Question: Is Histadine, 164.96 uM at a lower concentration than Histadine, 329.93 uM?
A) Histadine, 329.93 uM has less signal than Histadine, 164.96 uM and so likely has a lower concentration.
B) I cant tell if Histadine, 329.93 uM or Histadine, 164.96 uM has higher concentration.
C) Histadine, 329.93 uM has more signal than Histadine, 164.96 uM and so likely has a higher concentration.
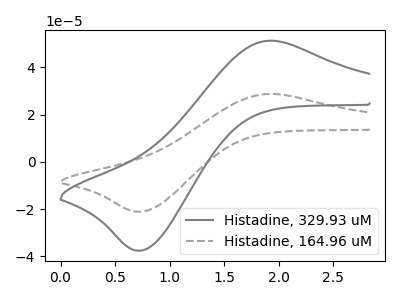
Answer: <think>The gray curve "Histadine, 329.93 uM" has an anodic peak at (1.90V, 51.25uA) and a cathodic peak at (0.75V, -37.50uA). The gray dashed curve "Histadine, 164.96 uM" has an anodic peak at (1.90V, 28.75uA) and a cathodic peak at (0.75V, -21.00uA).
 All the peaks in "Histadine, 329.93 uM" have a peak in "Histadine, 164.96 uM" at the same potential. Every peak in "Histadine, 329.93 uM" is higher than every peak in "Histadine, 164.96 uM".</think>
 <answer>C) "Histadine, 329.93 uM" has more signal than "Histadine, 164.96 uM" and so likely has a higher concentration.</answer>
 <eval>C</eval>